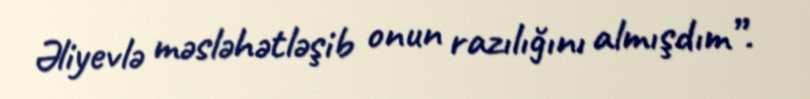
Əliyevlə məsləhətləşib onun razılığını almışdım”.